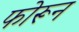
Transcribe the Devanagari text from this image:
फोरून